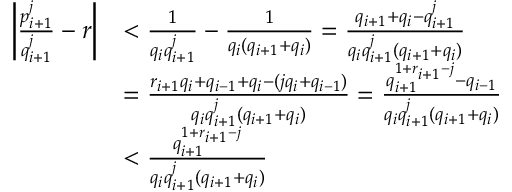
\begin{array} { r l } { \left| \frac { p _ { i + 1 } ^ { j } } { q _ { i + 1 } ^ { j } } - r \right| } & { < \frac { 1 } { q _ { i } q _ { i + 1 } ^ { j } } - \frac { 1 } { q _ { i } ( q _ { i + 1 } + q _ { i } ) } = \frac { q _ { i + 1 } + q _ { i } - q _ { i + 1 } ^ { j } } { q _ { i } q _ { i + 1 } ^ { j } ( q _ { i + 1 } + q _ { i } ) } } \\ & { = \frac { r _ { i + 1 } q _ { i } + q _ { i - 1 } + q _ { i } - ( j q _ { i } + q _ { i - 1 } ) } { q _ { i } q _ { i + 1 } ^ { j } ( q _ { i + 1 } + q _ { i } ) } = \frac { q _ { i + 1 } ^ { 1 + r _ { i + 1 } - j } - q _ { i - 1 } } { q _ { i } q _ { i + 1 } ^ { j } ( q _ { i + 1 } + q _ { i } ) } } \\ & { < \frac { q _ { i + 1 } ^ { 1 + r _ { i + 1 } - j } } { q _ { i } q _ { i + 1 } ^ { j } ( q _ { i + 1 } + q _ { i } ) } } \end{array}